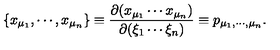
\{ x _ { \mu _ { 1 } } , \cdots , x _ { \mu _ { n } } \} \equiv \frac { \partial ( x _ { \mu _ { 1 } } \cdots x _ { \mu _ { n } } ) } { \partial ( \xi _ { 1 } \cdots \xi _ { n } ) } \equiv p _ { \mu _ { 1 } , \cdots , \mu _ { n } } .